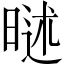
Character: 𣉐